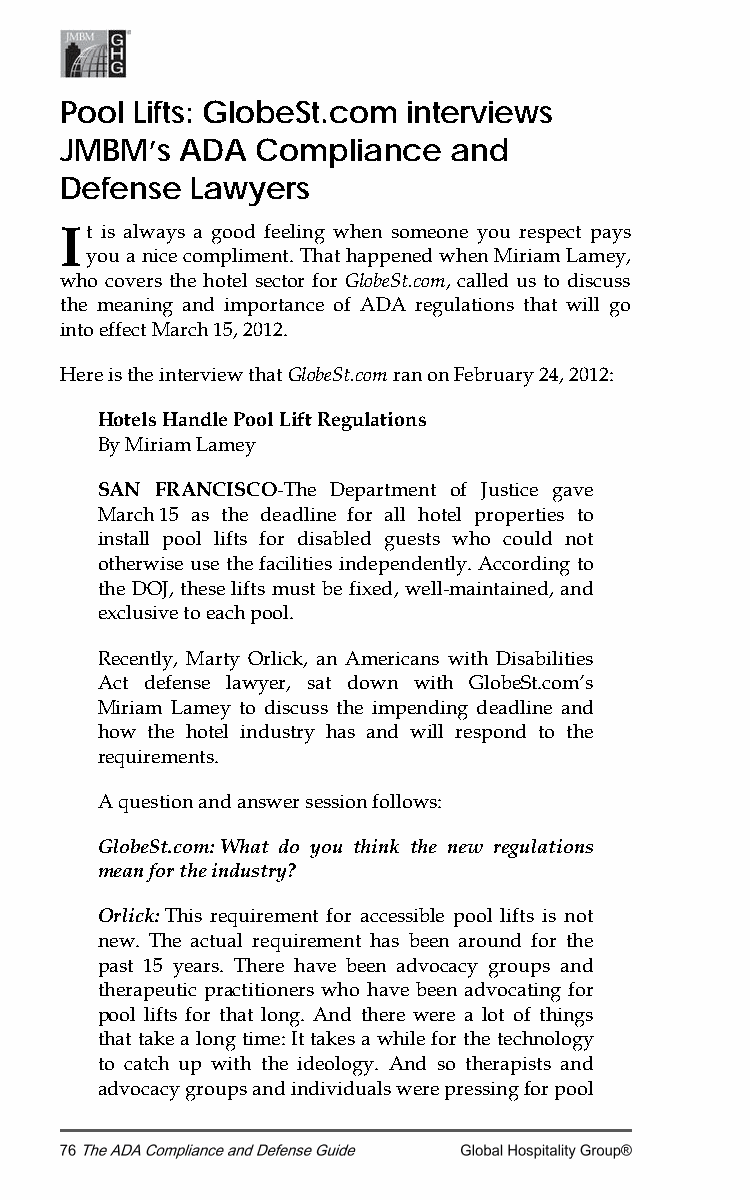
Pool Lifts: GlobeSt.com interviews
 JMBM’s  ADA  Compliance   and
 Defense  Lawyers
 I t is always a good feeling when someone you respect pays
 you a nice compliment. That happened when Miriam Lamey,
 who covers the hotel sector for GlobeSt.com, called us to discuss
 the meaning and importance of ADA regulations that will go
 into effect March 15, 2012.
 Here is the interview that GlobeSt.com ran on February 24, 2012:
 Hotels Handle Pool Lift Regulations
 By Miriam Lamey
 SAN FRANCISCO-The Department of Justice gave
 March 15 as the deadline for all hotel properties to
 install pool lifts for disabled guests who could not
 otherwise use the facilities independently. According to
 the DOJ, these lifts must be fixed, well-maintained, and
 exclusive to each pool.
 Recently, Marty Orlick, an Americans with Disabilities
 Act defense lawyer, sat down with GlobeSt.com’s
 Miriam Lamey to discuss the impending deadline and
 how the hotel industry has and will respond to the
 requirements.
 A question and answer session follows:
 GlobeSt.com: What do you think the new regulations
 mean for the industry?
 Orlick: This requirement for accessible pool lifts is not
 new. The actual requirement has been around for the
 past 15 years. There have been advocacy groups and
 therapeutic practitioners who have been advocating for
 pool lifts for that long. And there were a lot of things
 that take a long time: It takes a while for the technology
 to catch up with the ideology. And so therapists and
 advocacy groups and individuals were pressing for pool